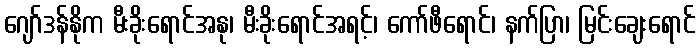
ဂျော်ဒန်နိုက မီးခိုးရောင်အနု၊ မီးခိုးရောင်အရင့်၊ ကော်ဖီရောင်၊ နက်ပြာ၊ မြင်းချေးရောင်